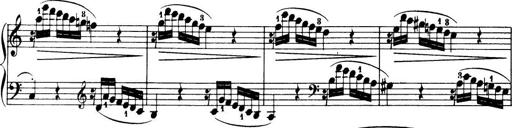
Title: 32 Sonatinas and Rondos for the Piano
Composer: Richard Kleinmichel